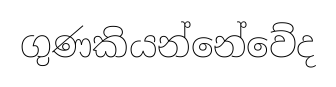
ගුණකියන්නේවේද